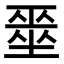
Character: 𭏞